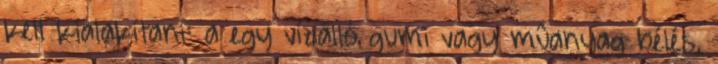
kell kialakítani: a egy vízálló gumi vagy mûanyag bélés,